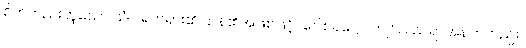
စိတ်တည်းဟူသော သံဝ ရတရား၏ ဌာန၏အဖြစ်ဖြင့်။ ဂေါစရဋ္ဌော၊ ကျင်လည်ရာအနက်တည်း။